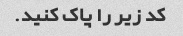
کد زیر را پاک کنید.